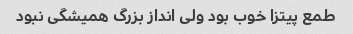
طمع پیتزا خوب بود ولی انداز بزرگ همیشگی نبود